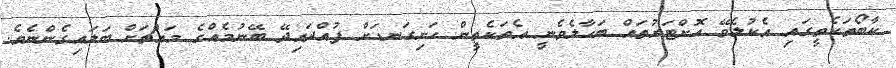
ކާބޯތަކެތީގައި އެކުލެވޭ އޮށްޓަރުތައް ބަހާލެވެނީ އެތަކެތީން ހަށިގަނޑަށް ފުއްދައިދޭ ބޭނުމެއްގެ މައްޗަށް ބަލައިގެންނެވެ.